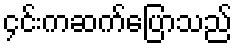
၄င်းကဆက်ပြောသည်